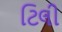
ટિલી